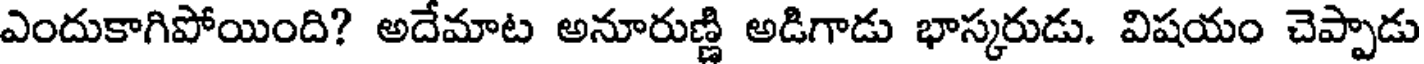
ఎందుకాగిపోయింది? అదేమాట అనూరుణ్ణి అడిగాడు భాస్కరుడు. విషయం చెప్పాడు